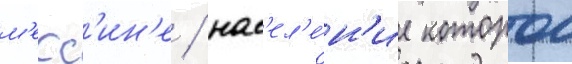
м'есс'ин'е / нас'ел'е́н'ие которои